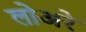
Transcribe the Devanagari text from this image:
लोअरे